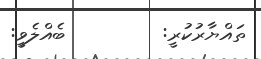
ތައްޔާރުކުރީ:         ބެއްލެވީ: